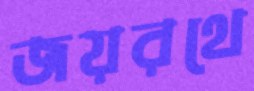
জয়রথে